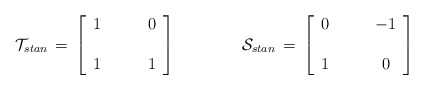
\begin{align*}{\cal T}_{stan}\,=\,\left[\begin{array}{cc} 1 &\qquad 0 \\&\\ 1 &\qquad 1\end{array}\right]\qquad\qquad{\cal S}_{stan}\,=\,\left[\begin{array}{cc} 0 &\qquad -1 \\&\\1 & \qquad 0\end{array}\right]\end{align*}